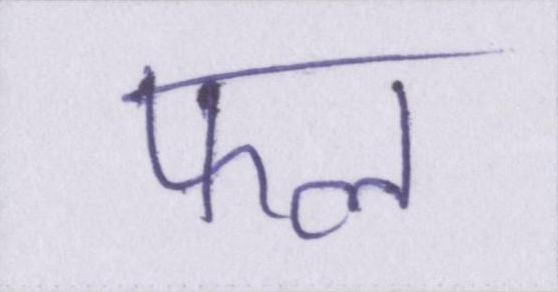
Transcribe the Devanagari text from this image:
फल